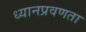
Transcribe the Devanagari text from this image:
ध्यानप्रवणता